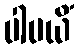
ပါပယိံ